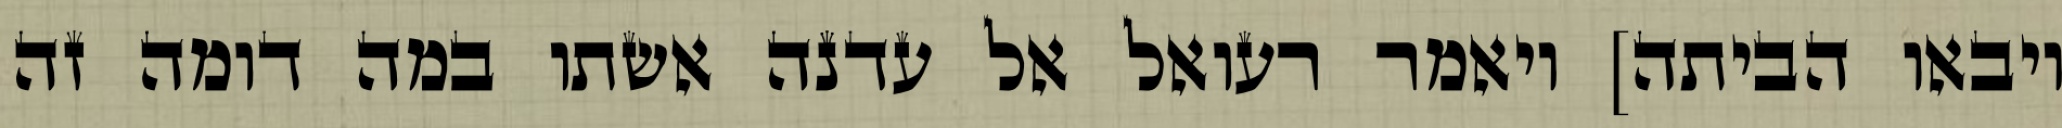
ויבאו הביתה] ויאמר רעואל אל עדנה אשתו במה דומה זה